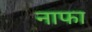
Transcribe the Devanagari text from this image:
नाफा